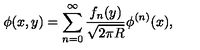
\phi ( x , y ) = \sum _ { n = 0 } ^ { \infty } \frac { f _ { n } ( y ) } { \sqrt { 2 \pi R } } \phi ^ { ( n ) } ( x ) ,